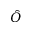
\hat { O }